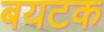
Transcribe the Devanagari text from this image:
बयटक